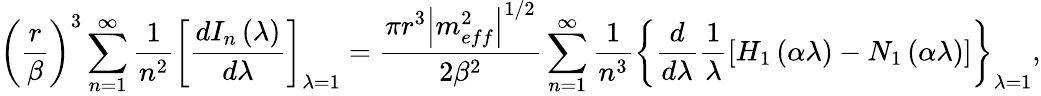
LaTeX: \left(\frac{r}{\beta}\right)^{3}\sum_{n=1}^{\infty}\frac{1}{n^{2}}\left[\frac{dI_{n}\left(\lambda\right)}{d\lambda}\right]_{\lambda=1}=\frac{\pi r^{3}\left|m_{eff}^{2}\right|^{1/2}}{2\beta^{2}}\sum_{n=1}^{\infty}\frac{1}{n^{3}}\left\{ \frac{d}{d\lambda}\frac{1}{\lambda}\left[H_{1}\left(\alpha\lambda\right)-N_{1}\left(\alpha\lambda\right)\right]\right\} _{\lambda=1},